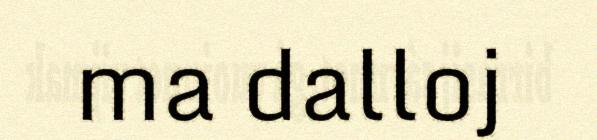
ma dalloj